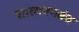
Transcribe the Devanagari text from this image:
शालाक्यतंत्र